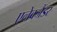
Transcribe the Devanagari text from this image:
एलेक्जैंडर